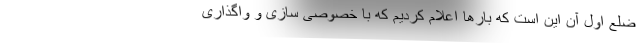
ضلع اول آن این است که بارها اعلام کردیم که با خصوصی سازی و واگذاری